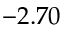
- 2 . 7 0